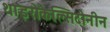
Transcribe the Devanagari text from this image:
थाइरोकैल्सिटोनीन